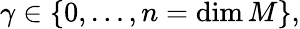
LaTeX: \gamma\in\{ 0,\dots,n=\dim M\} ,